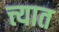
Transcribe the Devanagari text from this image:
त्त्यात